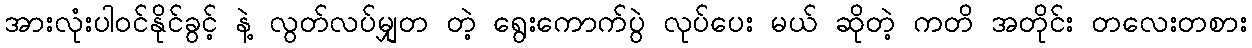
အားလုံးပါဝင်နိုင်ခွင့် နဲ့ လွတ်လပ်မျှတ တဲ့ ရွေးကောက်ပွဲ လုပ်ပေး မယ် ဆိုတဲ့ ကတိ အတိုင်း တလေးတစား